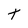
Character: T